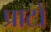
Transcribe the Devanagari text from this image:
प्राटो